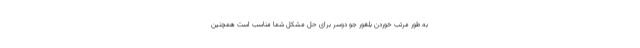
به طور مرتب خوردن بلغور جو دوسر برای حل مشکل شما مناسب است همچنین